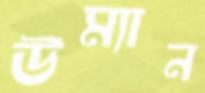
উম্যান